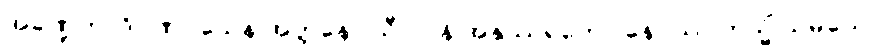
အခဏ္ဍတာဒိဂုဏဝသေန အတ္တနော သီလာနိ အနုဿရတော နေဝဿ တသ္မိံ သမယေ